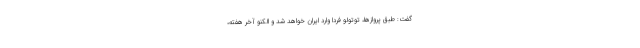
گفت: طبق پروازها، توتولو فردا وارد ایران خواهد شد و الکنو آخر هفته،